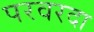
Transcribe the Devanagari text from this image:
परवरदा